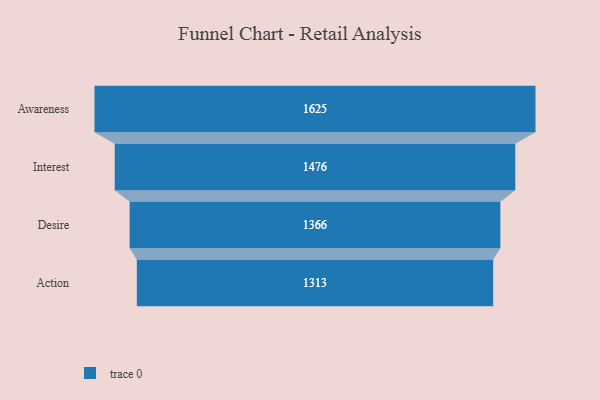
{"axis": {"x": "Stage", "y": "Value"}, "legend": [""], "data": [{"x": "Awareness", "y": 1625.0, "type": ""}, {"x": "Interest", "y": 1476.0, "type": ""}, {"x": "Desire", "y": 1366.0, "type": ""}, {"x": "Action", "y": 1313.0, "type": ""}]}